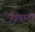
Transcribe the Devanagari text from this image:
विषादी